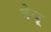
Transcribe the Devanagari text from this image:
केजू